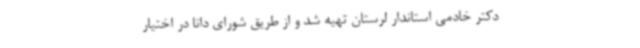
دکتر خادمی استاندار لرستان تهیه شد و از طریق شورای دانا در اختیار